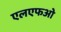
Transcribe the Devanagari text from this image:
एलएफओ